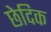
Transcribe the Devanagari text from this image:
छेदिक